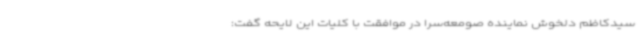
سیدکاظم دلخوش نماینده صومعه‌سرا در موافقت با کلیات این لایحه گفت: